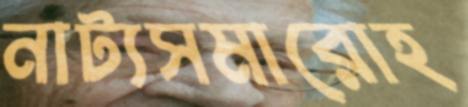
নাট্যসমারোহ